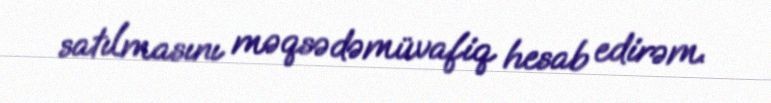
satılmasını məqsədəmüvafiq hesab edirəm.